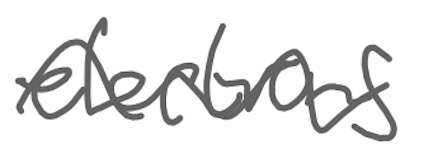
Text: elections
Cross-out: wave
Writing tool: digital_gray